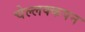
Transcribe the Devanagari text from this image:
चेल्लक्कपन